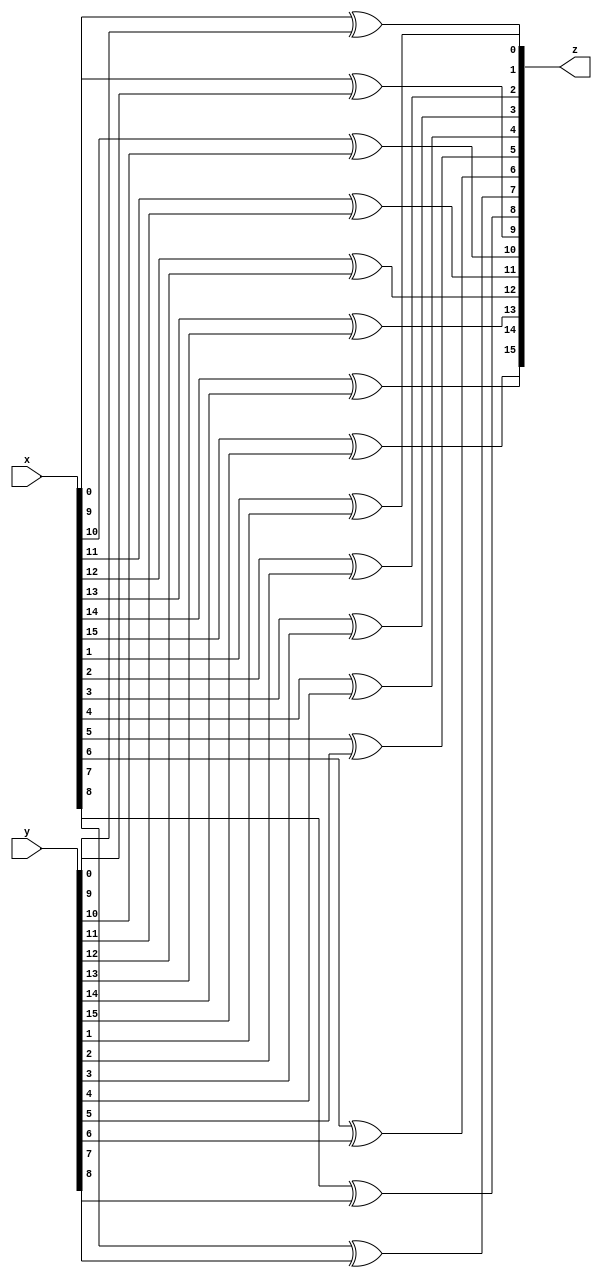
module word_xor#(
    parameter w = 16
  )(
    input [w-1:0]x,
    input [w-1:0]y,
    output [w-1:0]z
  );
  genvar i;
  generate
    for(i = 0; i < w; i = i+1) begin
      assign z[i] = x[i] ^ y[i];
    end
  endgenerate
endmodule

module word_and#(
    parameter w = 16
  )(
    input [w-1:0]x,
    input [w-1:0]y,
    output [w-1:0]z
  );
  genvar i;
  generate
    for(i = 0; i < w; i = i+1) begin
      assign z[i] = x[i] & y[i];
    end
  endgenerate
endmodule

module word_or#(
    parameter w = 16
  )(
    input [w-1:0]x,
    input [w-1:0]y,
    output [w-1:0]z
  );
  genvar i;
  generate
    for(i = 0; i < w; i = i+1) begin
      assign z[i] = x[i] | y[i];
    end
  endgenerate
endmodule